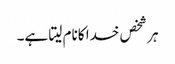
ہر شخص خدا کانام لیتا ہے۔